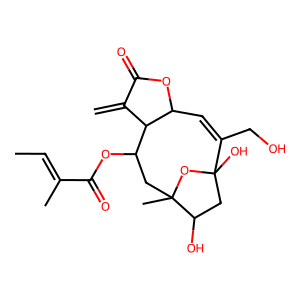
SMILES: C=C1C(=O)OC2C=C(CO)C3(O)CC(O)C(C)(CC(OC(=O)C(C)=CC)C12)O3
Inhibits HIV replication: No